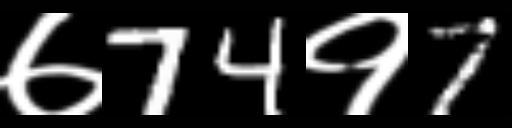
Text: ७74१7